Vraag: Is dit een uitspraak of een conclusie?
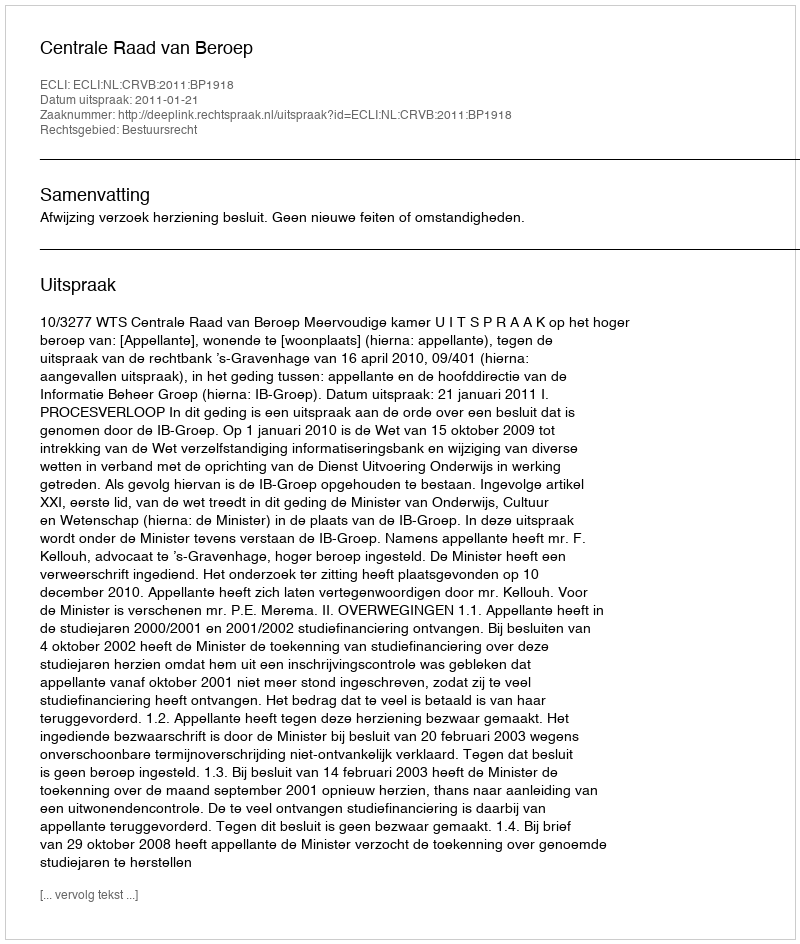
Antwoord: Uitspraak